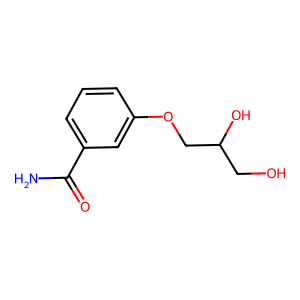
SMILES: NC(=O)c1cccc(OCC(O)CO)c1
Inhibits HIV replication: No